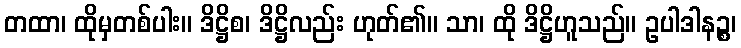
တထာ၊ ထိုမှတစ်ပါး။ ဒိဋ္ဌိစ၊ ဒိဋ္ဌိလည်း ဟုတ်၏။ သာ၊ ထို ဒိဋ္ဌိဟူသည်။ ဥပါဒါနဉ္စ၊